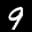
Label: 9